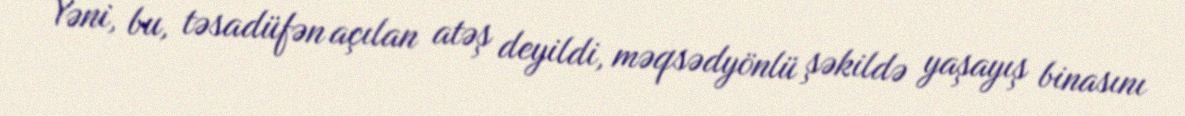
Yəni, bu, təsadüfən açılan atəş deyildi, məqsədyönlü şəkildə yaşayış binasını